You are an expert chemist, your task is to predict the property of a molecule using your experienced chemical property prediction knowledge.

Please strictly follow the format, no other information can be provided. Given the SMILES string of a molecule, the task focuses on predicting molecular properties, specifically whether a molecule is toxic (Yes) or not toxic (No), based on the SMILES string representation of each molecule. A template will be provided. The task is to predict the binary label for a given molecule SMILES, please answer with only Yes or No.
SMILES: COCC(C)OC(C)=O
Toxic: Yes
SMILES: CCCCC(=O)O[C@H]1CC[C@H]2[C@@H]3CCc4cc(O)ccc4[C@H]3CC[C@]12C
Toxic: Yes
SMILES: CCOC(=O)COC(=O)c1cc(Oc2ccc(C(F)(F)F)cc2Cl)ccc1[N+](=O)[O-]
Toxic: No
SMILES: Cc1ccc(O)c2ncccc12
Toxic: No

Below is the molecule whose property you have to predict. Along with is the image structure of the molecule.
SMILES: O=[N+]([O-])c1cc(Cl)c(Cl)cc1Cl
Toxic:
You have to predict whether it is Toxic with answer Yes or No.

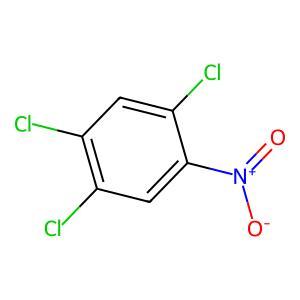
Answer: No